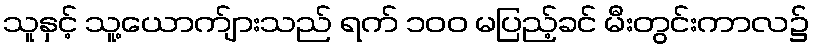
သူနှင့် သူ့ယောက်ျားသည် ရက် ၁၀၀ မပြည့်ခင် မီးတွင်းကာလ၌